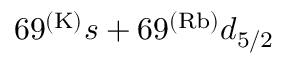
6 9 ^ { ( \mathrm { K ) } } s + 6 9 ^ { ( \mathrm { R b ) } } d _ { 5 / 2 }